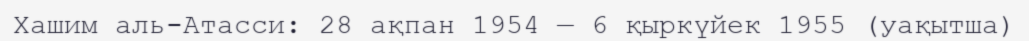
Хашим аль-Атасси: 28 ақпан 1954 — 6 қыркүйек 1955 (уақытша)